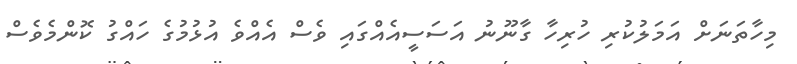
މިހާތަނަށް އަމަލުކުރި ހުރިހާ ގާނޫނު އަސަސީއެއްގައި ވެސް އެއްވެ އުޅުމުގެ ހައްގު ކޮންމެވެސް